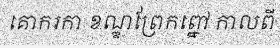
គោករកា ខណ្ឌព្រែកព្នៅ កាលពី